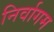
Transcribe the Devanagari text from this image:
निर्वागम